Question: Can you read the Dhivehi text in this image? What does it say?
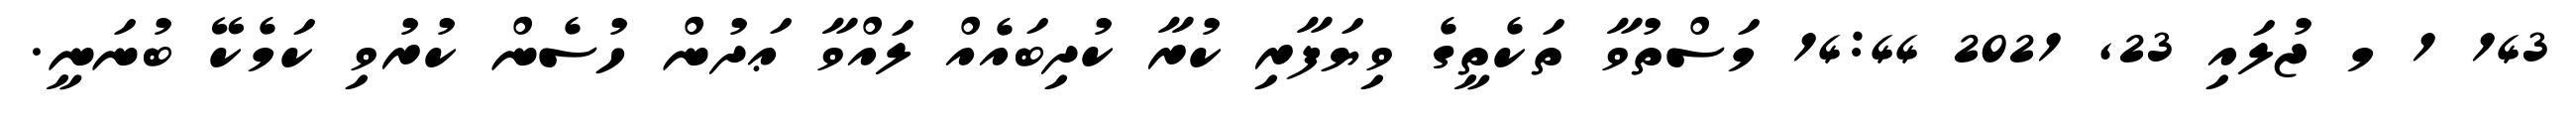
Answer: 143 1 މ ޖުލައި 23, 2021 14:44 މަސްތުވާ ތަކެތީގެ ވިޔަފާރި ކުރާ ކުދިބައެއް ލައްވާ ޢަދުން ހުސެން ކުރުވި ކަމެކޭ ބުނަނީ.